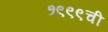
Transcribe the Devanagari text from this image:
१९९९ची